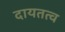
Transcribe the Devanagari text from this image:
दायतत्व